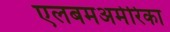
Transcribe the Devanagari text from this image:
एलबमअमेरिका